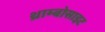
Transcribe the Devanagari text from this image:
थ्राम्बोसाइट